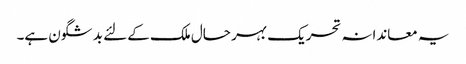
یہ معاندانہ تحریک بہر حال ملک کے لئے بد شگون ہے۔